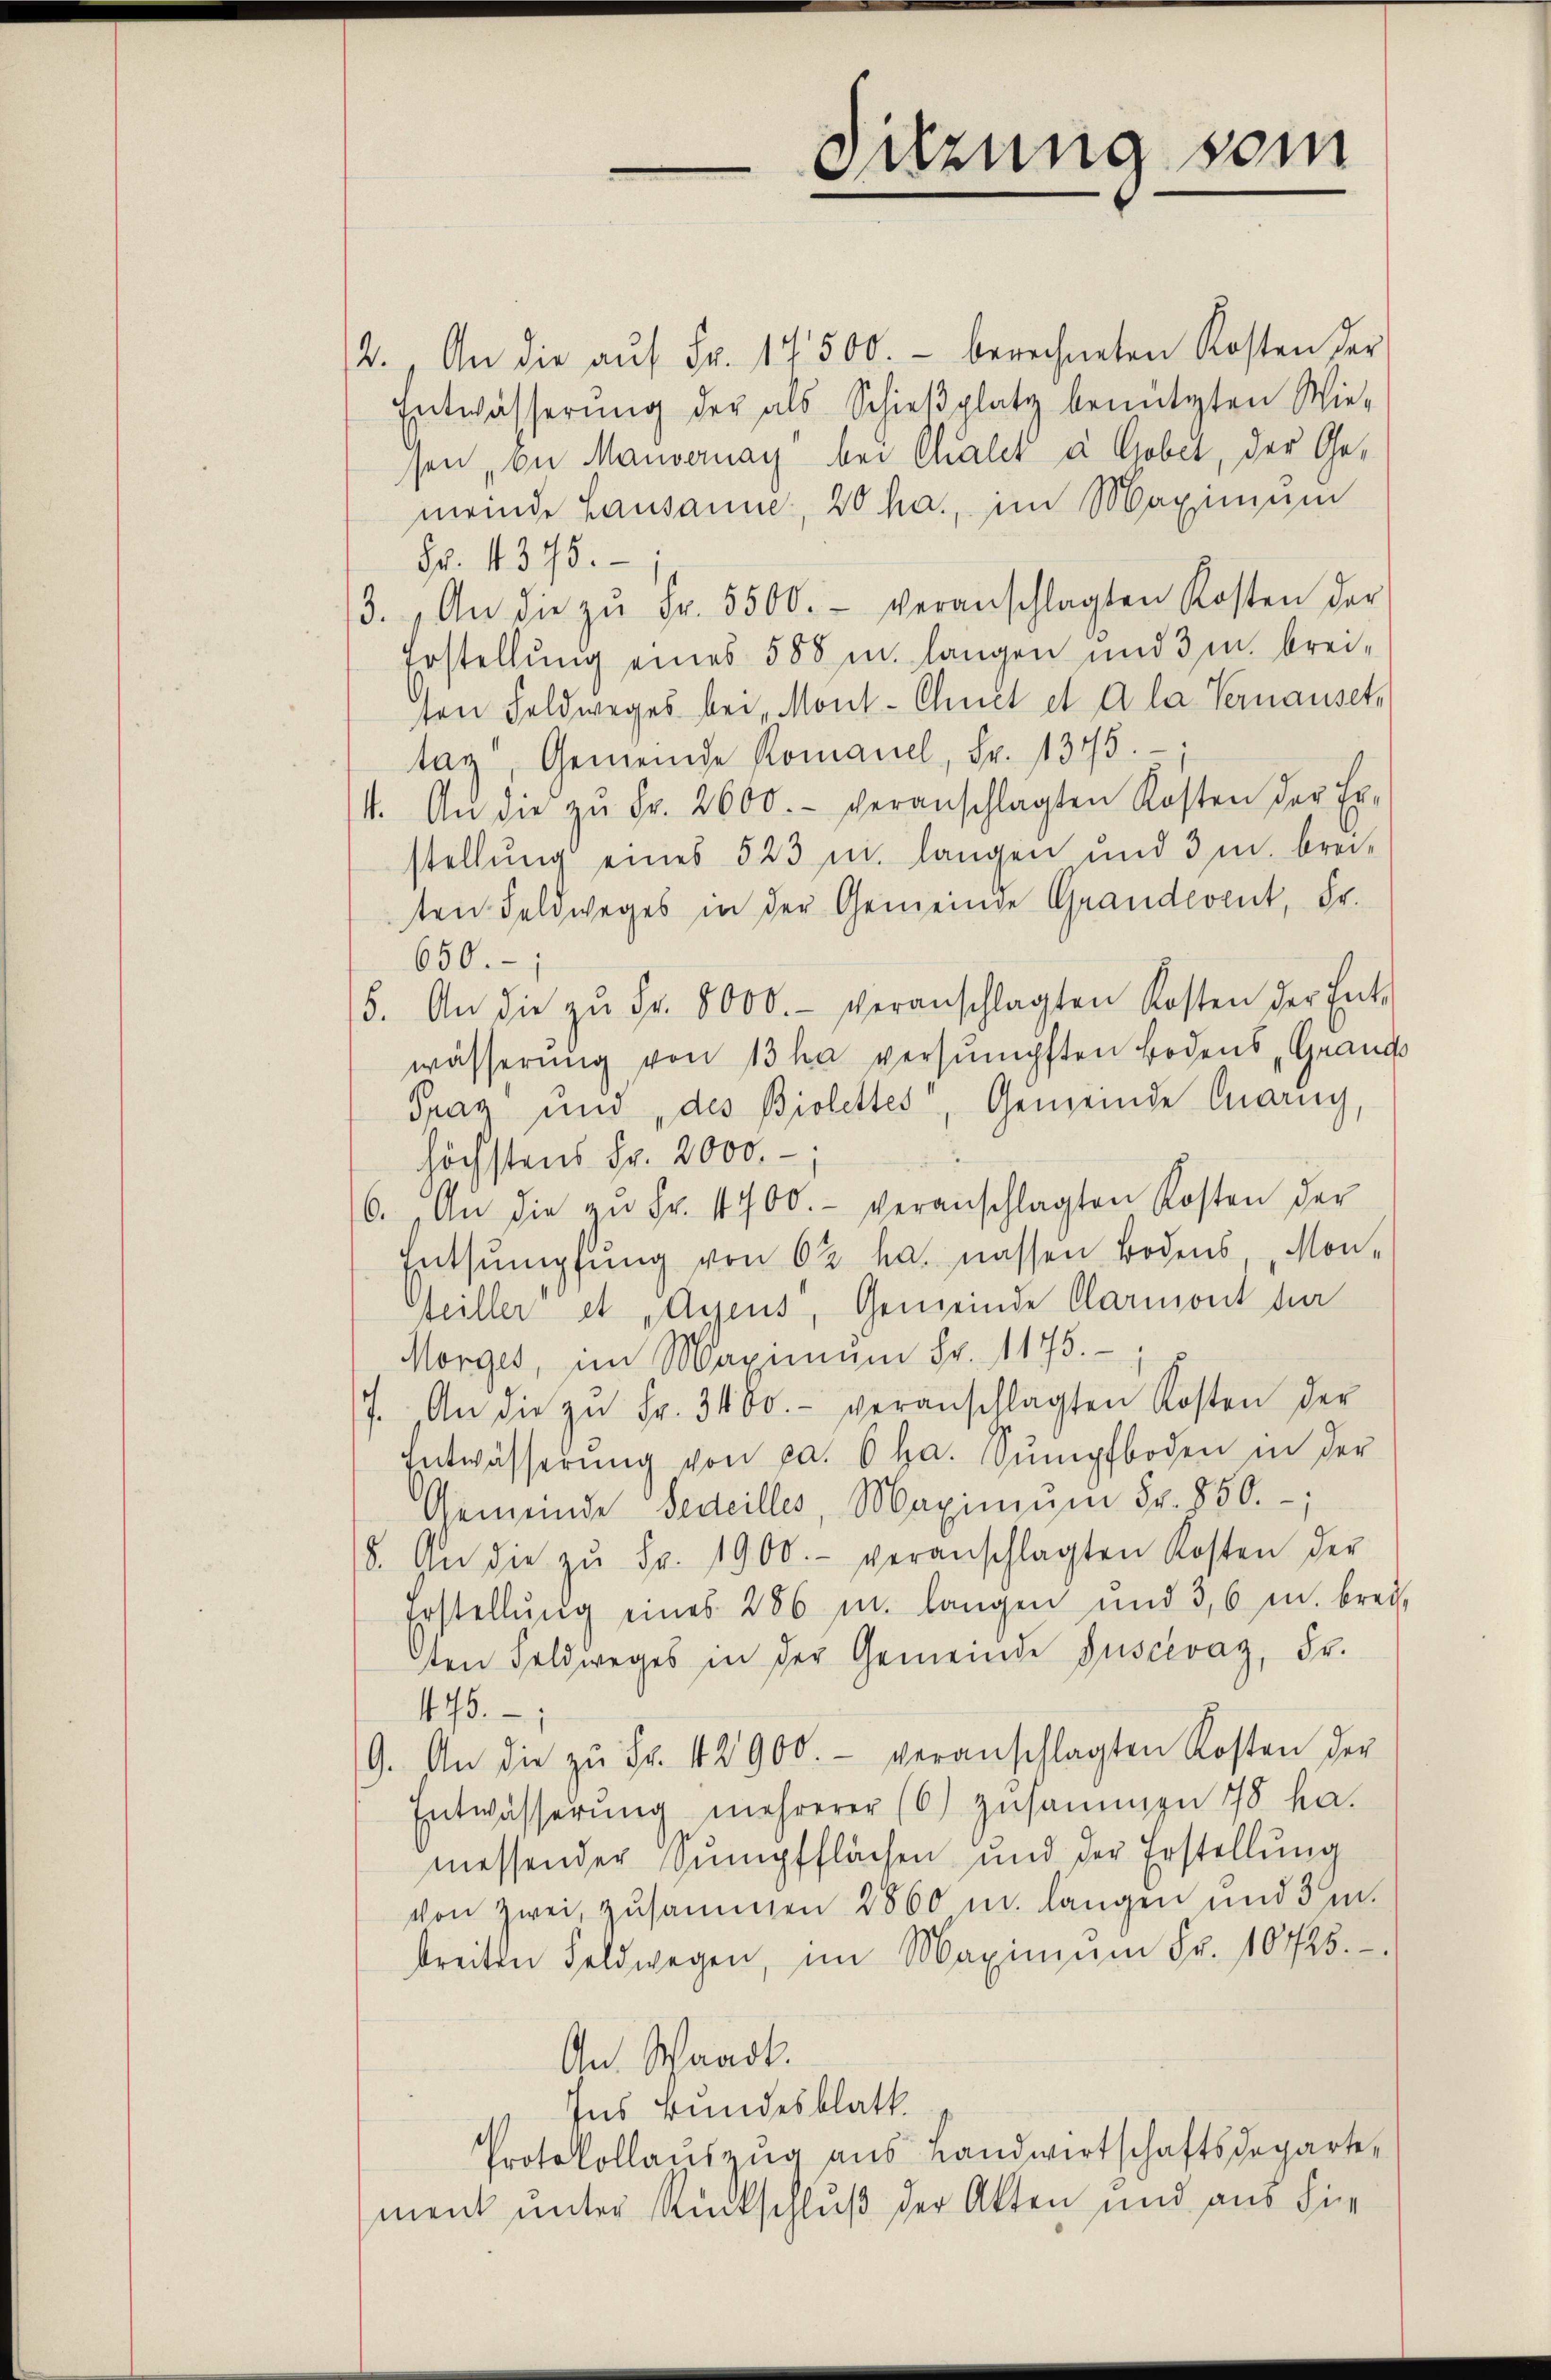
2. An die aŭf Fr. 17500.- berechneten Kosten der
ntwässerung der als Schieβplatz benützten Wie-
sen an Manvernay bei Chalet à Gober, der Gemeinde Lausanne, 20 ha., im Maximum
Fr. 1375.
3. An die zŭ Fr. 5500. veranschlagten Kosten der
Erstellung eines 588 u. langen und 3 m breisen Feldweges bei Mont-Chnet et à la Vernauset,
tag, Gemeinde Romanel, Fr. 1375.;
4. An die zŭ Fr. 2600.- veranschlagten Kosten der Er-
stellung eines 523 u. langen und 3 m brei-
ten Feldweges in der Gemeinde Grandevent, Fr.
650.-
5. An die zŭ Fr. 8000.- veranschlagten Kosten der Ent-
wässerung von 13 ha versumpften Bodens Grands
Graz und, des Biolettes, Gemeinde Anny,
höchstens Fr. 2000.-,
6. An die zŭ Fr. 1400.- veranschlagten Kosten der
Entsumpfung von 63 ha. nassen Bodens Mon-
Heiller et „Aueus, Gemeinde Clarmont der
Morges, im Maximum Fr. 1175.
7. An die zŭ Fr. 3400.- veranschlagten Kosten der
Entwässerŭng von ca. 6 ha. Sŭmpfboden in der
Gemeinde Fedeilles, Maximŭm Fr. 850.
8. An die zŭ Fr. 1900.- veranschlagten Kosten der
Erstellŭng eines 286 in langen und 3,6 m brei-
ten Feldweges in der Gemeinde Guscévaz, Fr.
475.
9. An die zŭ Fr. 42900.- veranschlagten Kosten der
Entwässerŭng mehrerer (6) zusammen 18 ha.
messender Sŭmpfflächen und der Erstellŭng
von zwei, zusammen 2860 u. langen und 3m.
streiten Feldwegen, im Maximŭm Fr. 10725.
An Waadt.
Ins Bundesblatt.
Protokollaŭszŭg aŭs Landwirtschaftsdeparte
ment unter Rückschluß der Akten und aus die

Sitzung vom